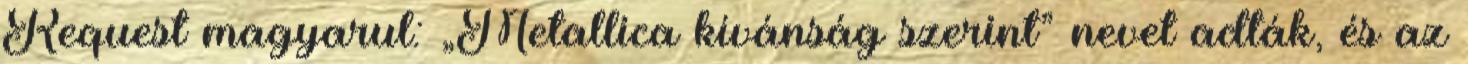
Request magyarul: „Metallica kívánság szerint” nevet adták, és az